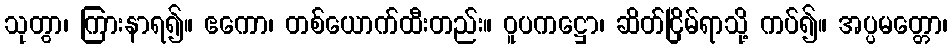
သုတွာ၊ ကြားနာရ၍။ ဧကော၊ တစ်ယောက်ထီးတည်း။ ဝူပကဋ္ဌော၊ ဆိတ်ငြိမ်ရာသို့ ကပ်၍။ အပ္ပမတ္တော၊